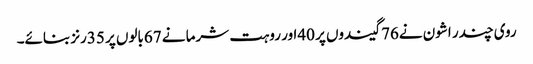
روی چندر اشون نے76گیندوں پر 40اور روہت شرما نے 67بالوں پر 35رنز بنائے۔